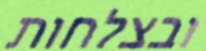
ובצלחות